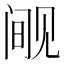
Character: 𰴘